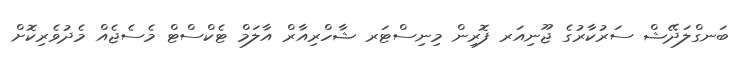
ބަނގްލަދޭޝް ސަރުކާރުގެ ޖޫނިއަރ ފޮރިން މިނިސްޓަރ ޝާހްރިއާރް އާލަމް ޓެކްސްޓް މެސެޖެއް މެދުވެރިކޮށް